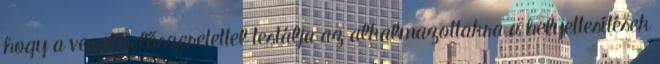
hogy a vezető előszeretettel testálja az alkalmazottakra a helyettesítések